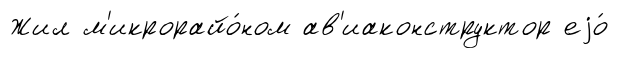
Жил м'икрорайо́ном ав'иаконструктор еjо́